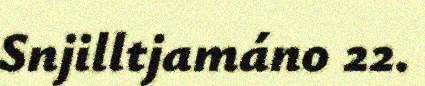
Snjilltjamáno 22.